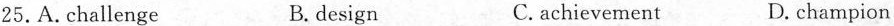
25.A. challenge B. design C. achievement D. champion